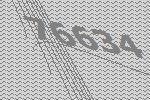
76634